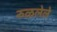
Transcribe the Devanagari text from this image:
रुळलेले